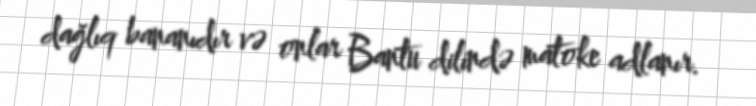
dağlıq bananıdır və onlar Bantu dilində matoke adlanır.